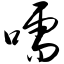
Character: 嚅